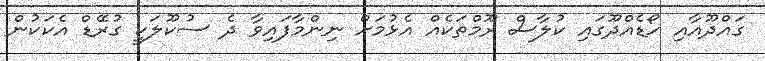
ގައްދޫއާއި ހޯޑެއްދޫގައި ކުލާސް ރޫމްތަކެއް އެޅުމަށް ނިންމާފައިވާ ދެ ސުކޫލަކީ ގުރޭޑް އެކަކުން